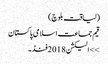
(لیاقت بلوچ)
قیم جماعت اسلامی پاکستان
>> الیکشن 2018فنڈ۔